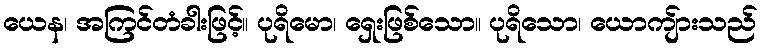
ယေန၊ အကြင်တံခါးဖြင့်။ ပုရိမော၊ ရှေးဖြစ်သော။ ပုရိသော၊ ယောကျ်ားသည်